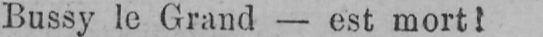
Bussy le Grand - est mort!